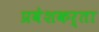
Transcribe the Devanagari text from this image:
प्रवेशकर्ता